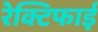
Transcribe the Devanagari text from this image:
रेक्टिफाई